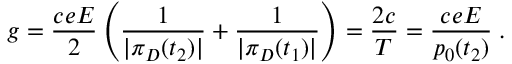
g = \frac { c e E } { 2 } \left( \frac { 1 } { | \pi _ { D } ( t _ { 2 } ) | } + \frac { 1 } { | \pi _ { D } ( t _ { 1 } ) | } \right) = \frac { 2 c } { T } = \frac { c e E } { p _ { 0 } ( t _ { 2 } ) } \; .